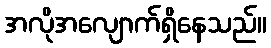
အလိုအလျောက်ရှိနေသည်။